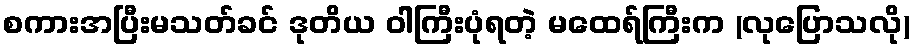
စကားအပြီးမသတ်ခင် ဒုတိယ ဝါကြီးပုံရတဲ့ မထေရ်ကြီးက (လုပြောသလို)